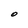
Character: O